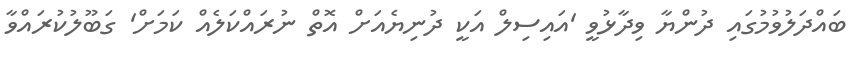
ބައްދަލުވުމުގައި ދުންޔާ ވިދާޅުވީ 'އައިސިލް އަކީ ދުނިޔެއަށް އޮތް ނުރައްކަލެއް ކަމަށް' ގަބޫލުކުރައްވާ